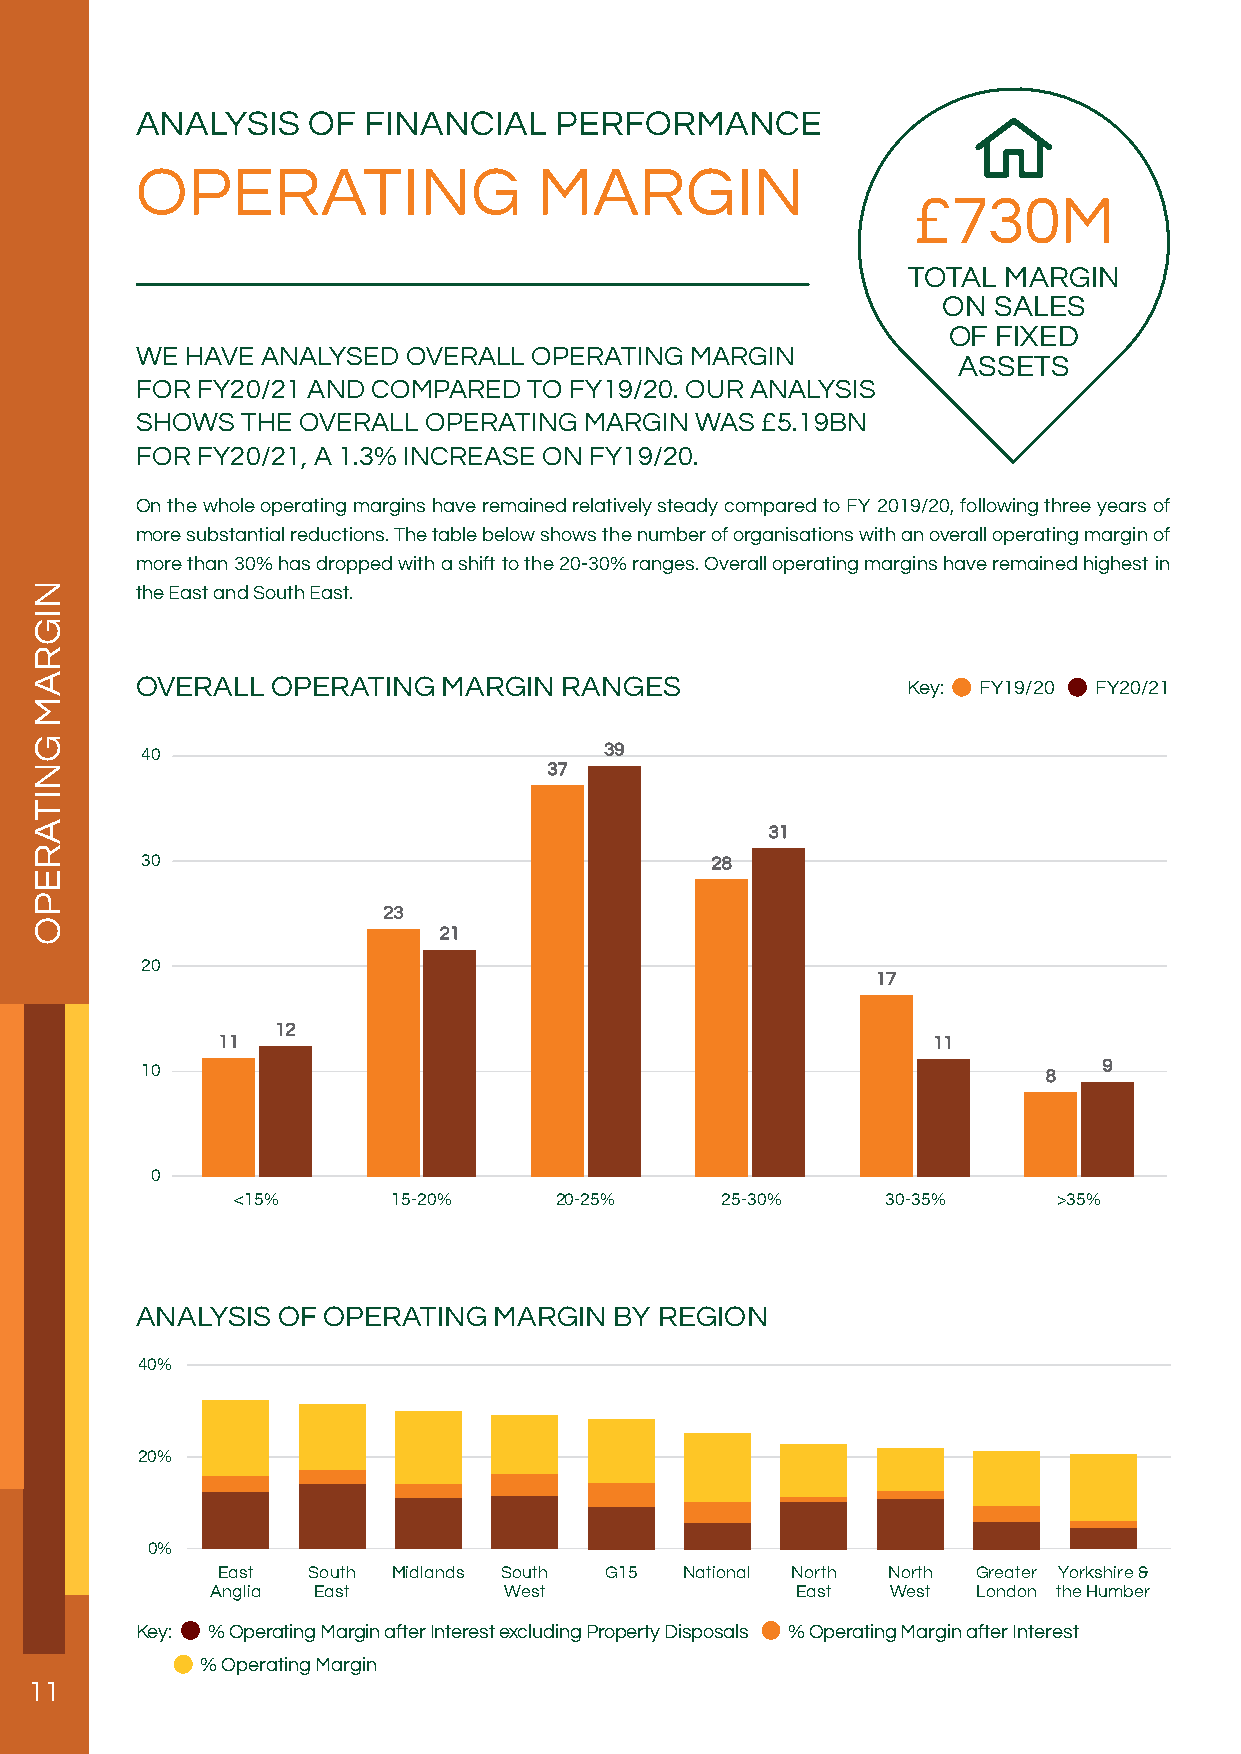
ANALYSIS   OF  FINANCIAL    PERFORMANCE
 OPERATING                  MARGIN
 £730M
 TOTAL MARGIN
 ON  SALES
 OF FIXED
 WE HAVE ANALYSED  OVERALL OPERATING  MARGIN
 ASSETS
 FOR FY20/21 AND COMPARED  TO FY19/20. OUR ANALYSIS
 SHOWS  THE OVERALL OPERATING  MARGIN WAS £5.19BN
 FOR FY20/21, A 1.3% INCREASE ON FY19/20.
 On the whole operating margins have remained relatively steady compared to FY 2019/20, following three years of
 more substantial reductions. The table below shows the number of organisations with an overall operating margin of
 more than 30% has dropped with a shift to the 20-30% ranges. Overall operating margins have remained highest in
 the East and South East.
 OVERALL  OPERATING  MARGIN  RANGES                 Key: FY19/20 FY20/21
 40                             39
 37
 31
 30                                    28
 23
 21
 20
 17
 12
 11                                              11
 10                                                          8   9
 0
 <15%      15-20%     20-25%     25-30%     30-35%     >35%
 ANALYSIS OF OPERATING   MARGIN  BY REGION
 40%
 20%
 0%
 East  South Midlands South G15 National North North Greater Yorkshire &
 Anglia East        West                East  West  London the Humber
 Key: % Operating Margin after Interest excluding Property Disposals % Operating Margin after Interest
 % Operating Margin
 11
 NIGRAM
 GNITAREPO